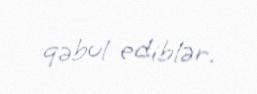
qəbul ediblər.